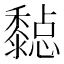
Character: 𪐇